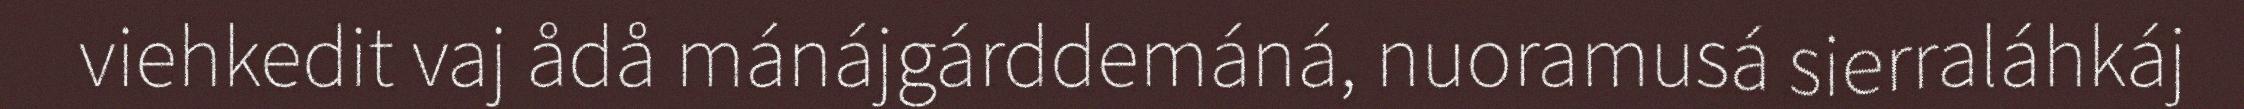
viehkedit vaj ådå mánájgárddemáná, nuoramusá sierraláhkáj